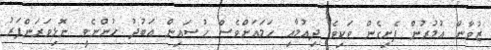
ޒުވާން އުމުރުން ފެށިގެން ވަކިވެ ދިއުމާއި ހަމައަށްވެސް ހުސައިން އަބުދު ހުންނެވީ ނޮޅިވަރަންފަރު